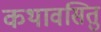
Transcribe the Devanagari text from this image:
कथावसितु